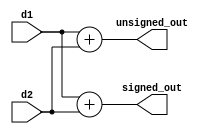
module SymbExam (
	d1,d2,
	signed_out,unsigned_out);

	input		[3:0]d1;              //1
	input		[3:0]d2;              //2
	output 	[3:0]	unsigned_out;   //
	output signed [3:0] signed_out; //

	//
	assign unsigned_out = d1 + d2;
	
	//
	wire signed [3:0] s_d1;
	wire signed [3:0] s_d2;
	assign s_d1 = d1;
	assign s_d2 = d2;
	assign signed_out = s_d1 + s_d2;
	
endmodule